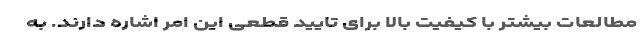
مطالعات بیشتر با کیفیت بالا برای تایید قطعی این امر اشاره دارند. به